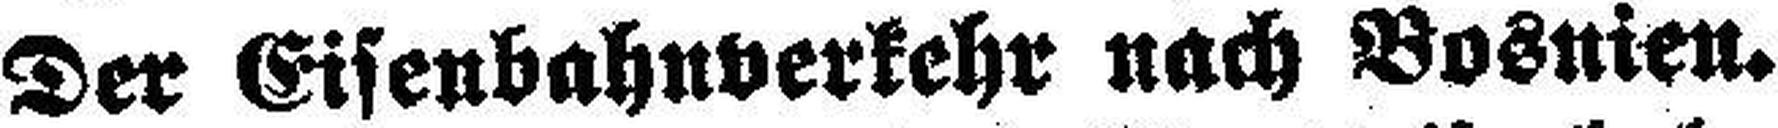
Der Eisenbahnverkehr nach Bosnien.